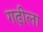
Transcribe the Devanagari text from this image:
गढ़ीला